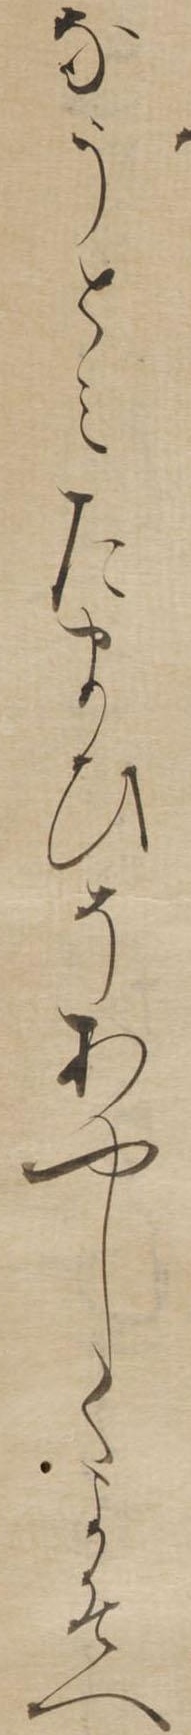
なうとみたまひそあやしくよそへ